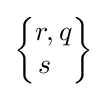
{\begin{Bmatrix}r,q\\s\ \ \end{Bmatrix}}